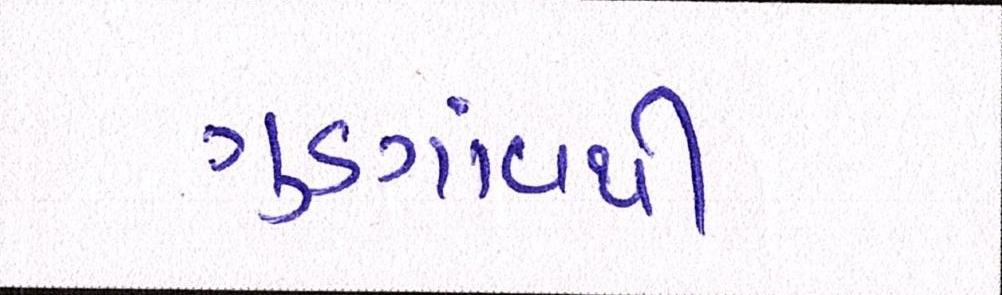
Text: ગુડગાંવથી